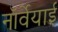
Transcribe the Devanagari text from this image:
नॉर्वेयाई